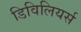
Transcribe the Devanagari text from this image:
डिविलियर्स